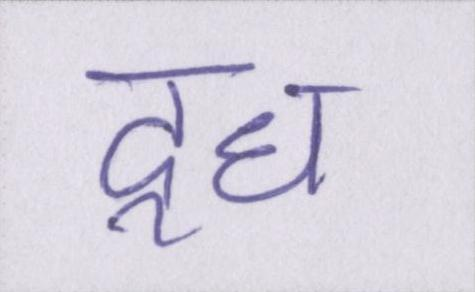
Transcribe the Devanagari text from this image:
दूध